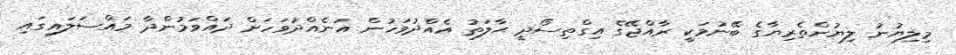
މިލިޔުނު ލިޔުންތެރިޔާގެ ބޭނުމަކީ ރާއްޖޭގެ އިގްތިސޯދީ ޙާލަތު އެއްދުވަހުން އަނެއްދުވަހަށް ދައްވަމުންދާ މައްސަލައިގައި